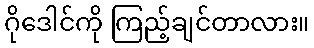
ဂိုဒေါင်ကို ကြည့်ချင်တာလား။